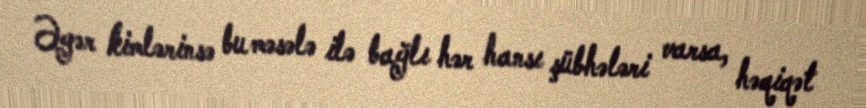
Əgər kimlərinsə bu məsələ ilə bağlı hər hansı şübhələri varsa, həqiqət